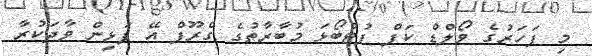
މި ފަހަރުގެ ވޯލްޑް ކަޕް ފުޓްބޯޅަ މުބާރާތުގެ ގްރޫޕް އޭ ފަޅިން ވާދަކުރާ